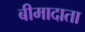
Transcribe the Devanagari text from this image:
बीमादाता